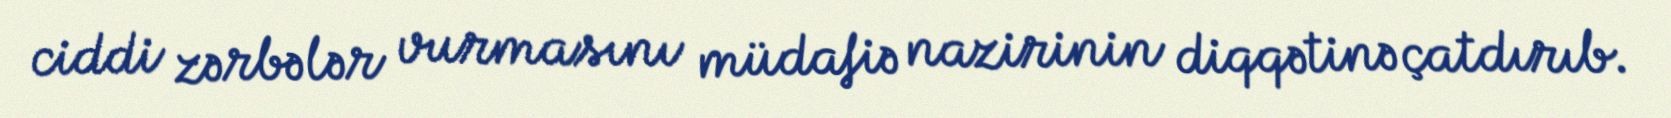
ciddi zərbələr vurmasını müdafiə nazirinin diqqətinə çatdırıb.